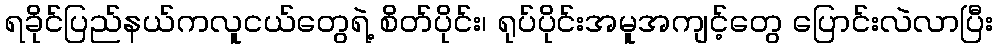
ရခိုင်ပြည်နယ်ကလူငယ်တွေရဲ့ စိတ်ပိုင်း၊ ရုပ်ပိုင်းအမူအကျင့်တွေ ပြောင်းလဲလာပြီး